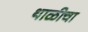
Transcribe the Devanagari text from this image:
थाळीचा